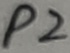
Text: P2